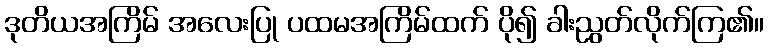
ဒုတိယအကြိမ် အလေးပြု ပထမအကြိမ်ထက် ပို၍ ခါးညွတ်လိုက်ကြ၏။